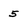
Character: 5